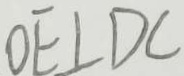
O E \bot D C